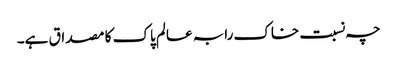
چہ نسبت خاک رابہ عالم پاک کا مصداق ہے۔